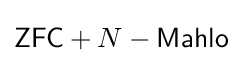
{\mathsf {ZFC}}+N-{\mathsf {Mahlo}}